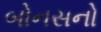
બોનસનો